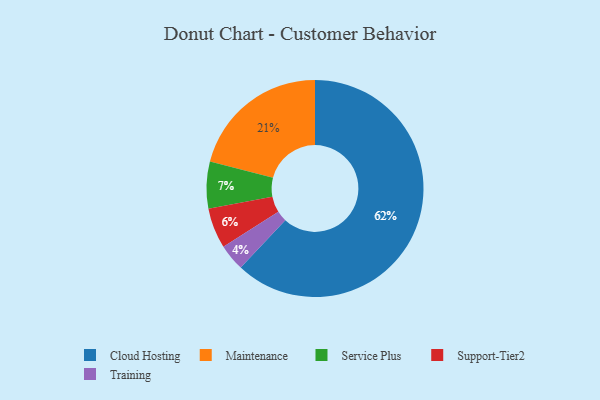
{"axis": {"x": "Category", "y": "Percentage"}, "legend": ["Cloud Hosting", "Maintenance", "Service Plus", "Support-Tier2", "Training"], "data": [{"x": "Support-Tier2", "y": 6, "type": "Support-Tier2"}, {"x": "Training", "y": 4, "type": "Training"}, {"x": "Maintenance", "y": 21, "type": "Maintenance"}, {"x": "Service Plus", "y": 7, "type": "Service Plus"}, {"x": "Cloud Hosting", "y": 62, "type": "Cloud Hosting"}]}